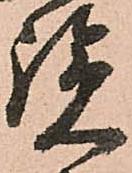
覧